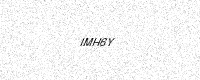
Text: IMH6Y